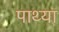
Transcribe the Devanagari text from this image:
पाथ्या